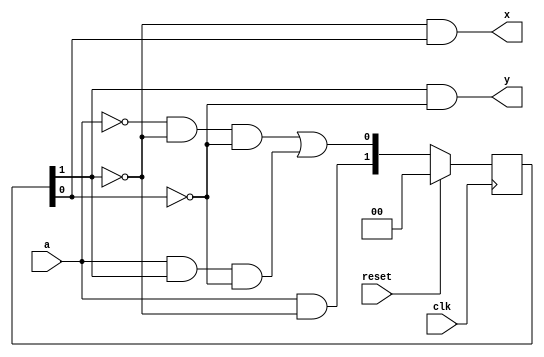
module fsm3_assign (
   input       clk,
   input       reset,
   input       a,
   output      x,
   output      y);
   
   
   reg  [1:0] s;
   wire [1:0] n;
   
   always @(posedge clk)
      if (reset)
         s <= 2'h0;
      else
         s <= n;
   
   assign n[1] = a & ~s[1];
   assign n[0] = ~a & ~s[1] & ~s[0] | a & s[1] & ~s[0];
   assign x    = ~s[1] & s[0];
   assign y    = s[1] & ~s[0];
         
   
endmodule